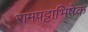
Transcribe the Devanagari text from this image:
रामपट्टाभिषेक